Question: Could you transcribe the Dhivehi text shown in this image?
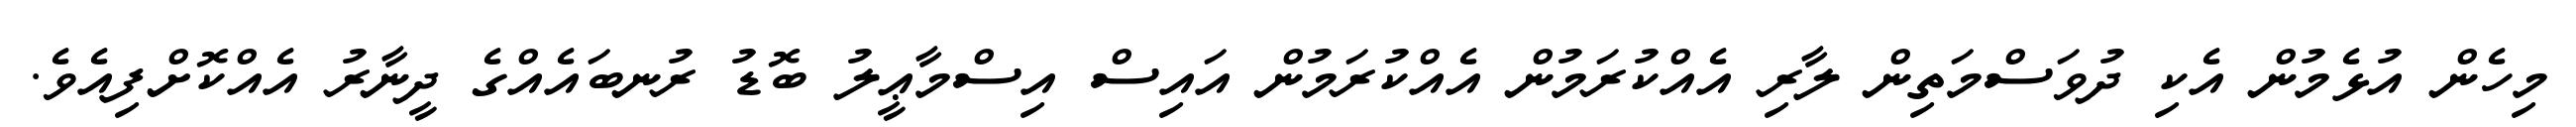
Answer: މިހެން އުޅެމުން އެކި ދުވަސްމަތިން ލާރި އެއްކުރަމުން އެއްކުރަމުން އައިސް އިސްމާޢީލު ބޮޑު ރުނބައެއްގެ ދީނާރު އެއްކޮށްފިއެވެ.